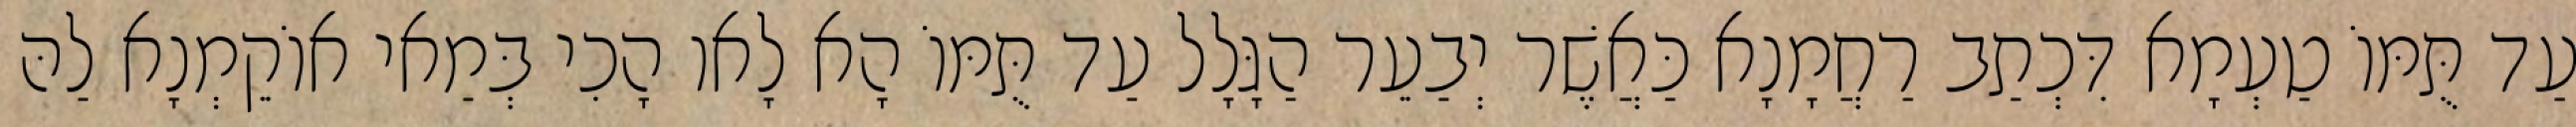
עַד תֻּמּוֹ טַעְמָא דִּכְתַב רַחֲמָנָא כַּאֲשֶׁר יְבַעֵר הַגָּלָל עַד תֻּמּוֹ הָא לָאו הָכִי בְּמַאי אוֹקֵמְנָא לַהּ